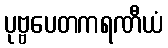
ပုဗ္ဗပေတကရဏီယံ